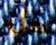
هل